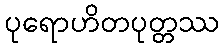
ပုရောဟိတပုတ္တဿ